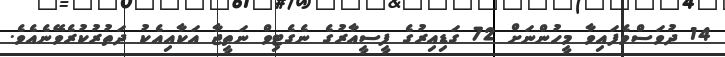
14 ދުވަސްވެފައިވާ މީހުންނަށް 72 ގަޑިއިރުގެ ފީސީއާރުގެ ނެގެޓިވް ނަތީޖާ އަކާއިއެކު ދަތުރުކުރެވޭނެއެވެ.